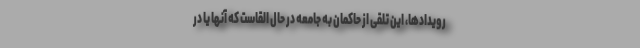
رویدادها، این تلقی از حاکمان به جامعه در حال القاست که آنها یا در